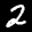
Label: 2